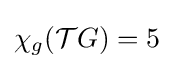
\chi _{g}({{\mathcal {T}}G})=5